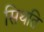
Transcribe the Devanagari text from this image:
सिथति